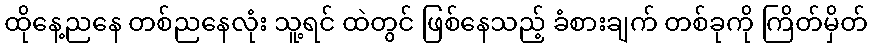
ထိုနေ့ညနေ တစ်ညနေလုံး သူ့ရင် ထဲတွင် ဖြစ်နေသည့် ခံစားချက် တစ်ခုကို ကြိတ်မှိတ်